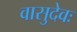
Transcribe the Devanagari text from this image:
वासुदेवः